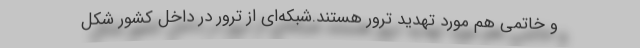
و خاتمی هم مورد تهدید ترور هستند.شبکه‌ای از ترور در داخل کشور شکل